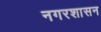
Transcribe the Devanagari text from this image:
नगरशासन